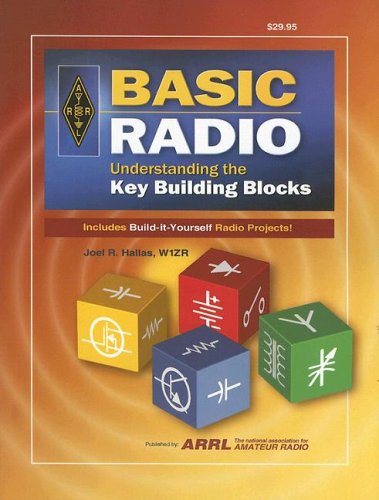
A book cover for Basic Radio; ARRL Inc.; Crafts, Hobbies & Home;